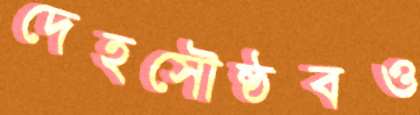
দেহসৌষ্ঠবও